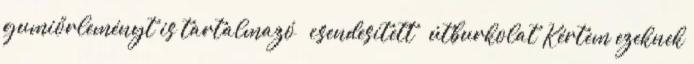
gumiőrleményt is tartalmazó – csendesített – útburkolat Kértem ezeknek